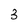
Character: 3